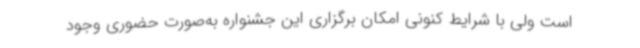
است ولی با شرایط کنونی امکان برگزاری این جشنواره به‌صورت حضوری وجود